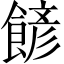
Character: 𩜽